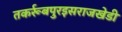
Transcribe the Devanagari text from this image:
तकर्रूबपुरइसराजखेडी